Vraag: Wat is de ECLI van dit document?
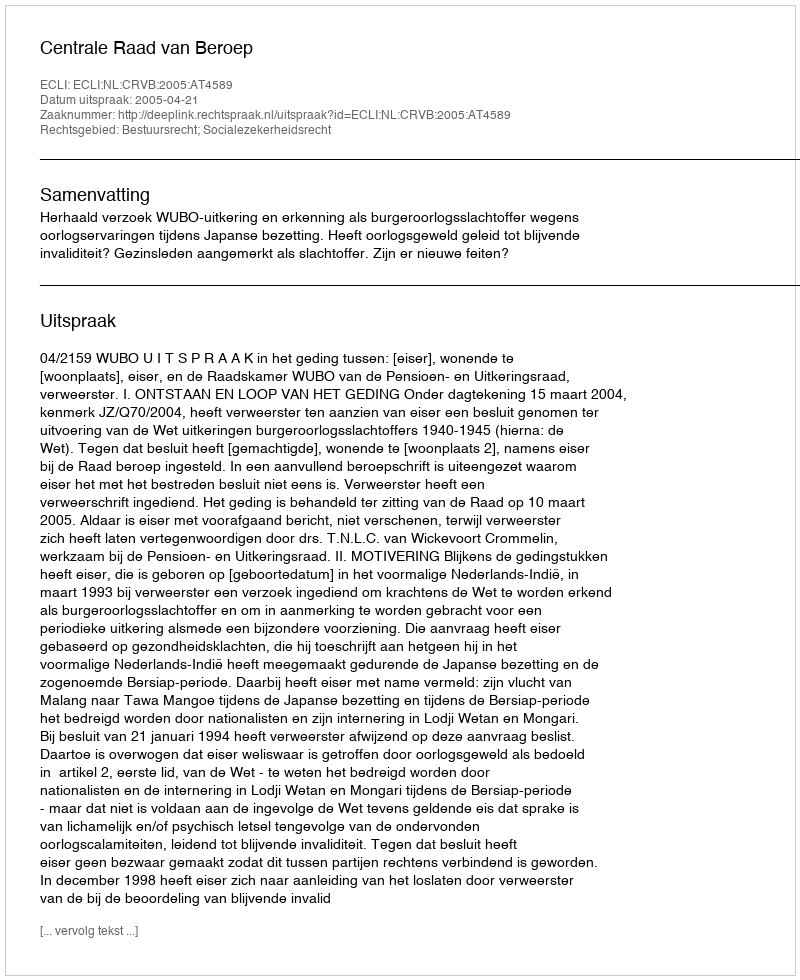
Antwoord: ECLI:NL:CRVB:2005:AT4589